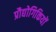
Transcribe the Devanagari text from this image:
प्रौद्योगिकियों